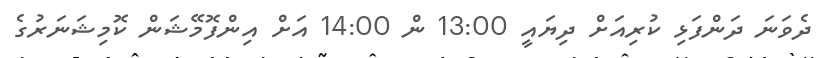
ދެވަނަ ދަންފަޅި ކުރިއަށް ދިޔައީ 13:00 ން 14:00 އަށް އިންފޮމޭޝަން ކޮމިޝަނަރުގެ